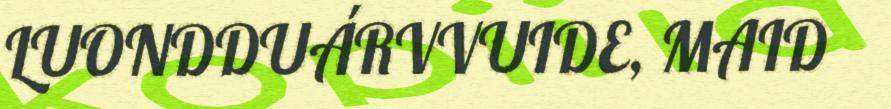
LUONDDUÁRVVUIDE, MAID